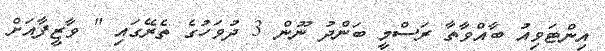
އިންޓަވިއު ބާއްވާތާ ރަސްމީ ބަންދު ނޫން 3 ދުވަހުގެ ތެރޭގައި " ވާޒީފާއަށް